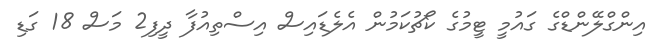
އިންގްލޭންޑްގެ ގައުމީ ޓީމުގެ ކޯޗުކަމުން އެލެޑައިސް އިސްތިއުފާ ދީފި2 މަސް 18 ގަޑި